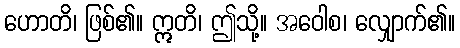
ဟောတိ၊ ဖြစ်၏။ ဣတိ၊ ဤသို့။ အဝေါစ၊ လျှောက်၏။